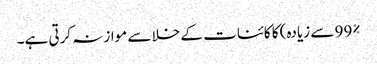
99% سے زیادہ) کا کائنات کے خلا سے موازنہ کرتی ہے۔